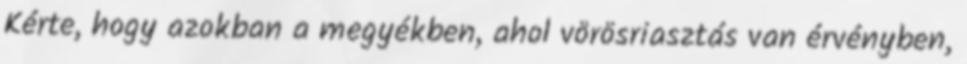
Kérte, hogy azokban a megyékben, ahol vörösriasztás van érvényben,